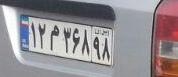
۱۲م۳۶۸۹۸